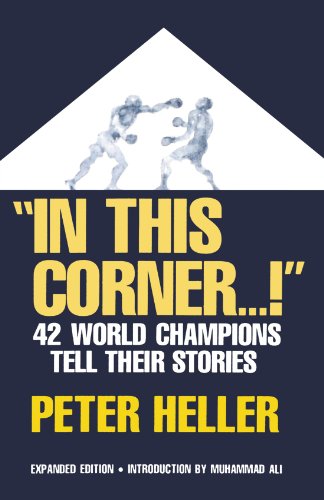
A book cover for In This Corner . . . !: Forty-two World Champions Tell Their Stories; Peter Heller; Sports & Outdoors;